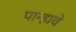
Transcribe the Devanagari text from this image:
पान्हावे